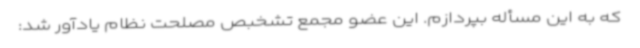
که به این مسأله بپردازم. این عضو مجمع تشخبص مصلحت نظام یادآور شد: